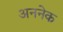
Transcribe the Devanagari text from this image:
अननेक